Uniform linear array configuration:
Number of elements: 32
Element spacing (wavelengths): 0.25
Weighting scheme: blackman
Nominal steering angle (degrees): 30
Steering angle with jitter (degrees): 28.807
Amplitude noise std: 0.05
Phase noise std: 0.05

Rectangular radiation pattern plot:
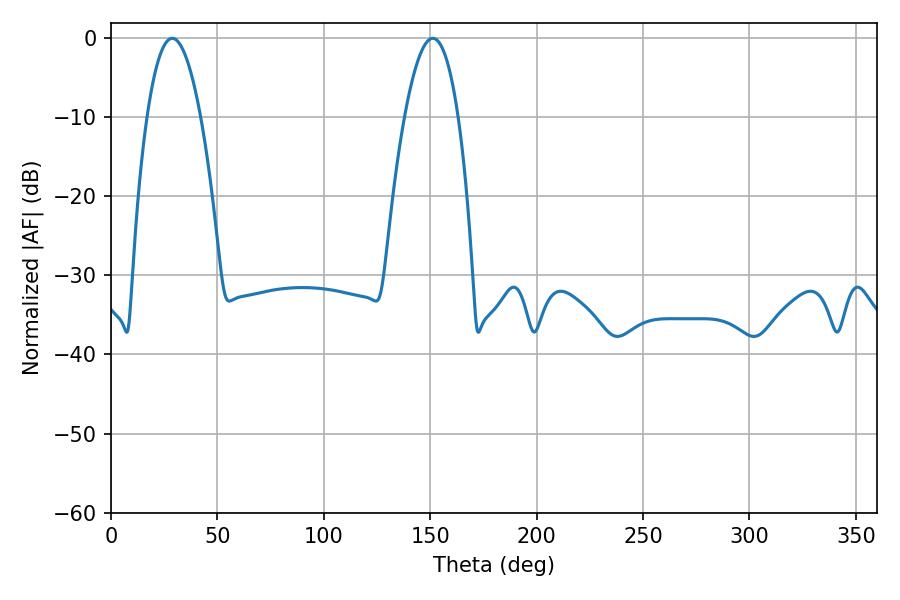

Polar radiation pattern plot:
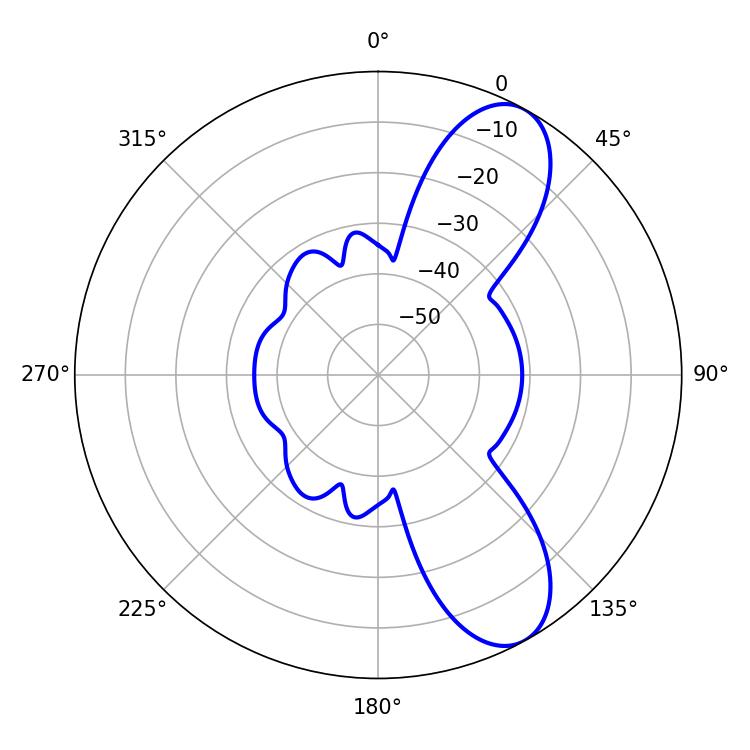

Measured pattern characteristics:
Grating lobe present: FALSE
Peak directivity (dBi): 8.994
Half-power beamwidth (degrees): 13.86
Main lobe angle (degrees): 28.8